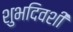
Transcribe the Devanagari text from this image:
शुभदिवशी